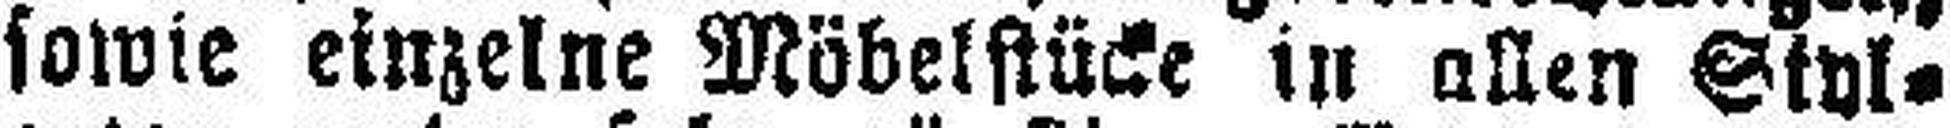
sowie einzelne Möbelstücke in allen Styl¬